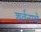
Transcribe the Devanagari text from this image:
शर्तनामे